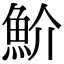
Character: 魪